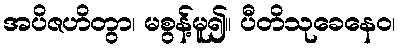
အပိဇဟိတွာ၊ မစွန့်မူ၍။ ပီတိသုခေနေဝ၊